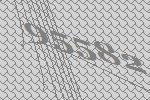
95582